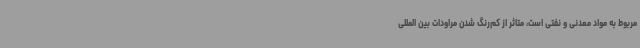
مربوط به مواد معدنی و نفتی است، متاثر از کم‌رنگ شدن مراودات بین المللی